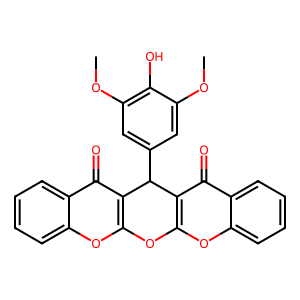
SMILES: COc1cc(C2c3c(oc4ccccc4c3=O)Oc3oc4ccccc4c(=O)c32)cc(OC)c1O
Inhibits HIV replication: No